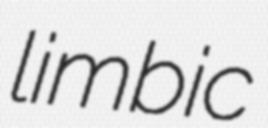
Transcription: limbic